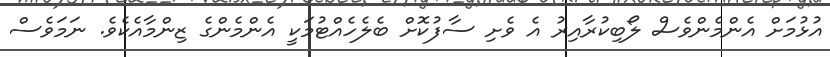
އުޅުމަށް އެންމެންވެސް ލޯބިކުރާއިރު އެ ވެށި ސާފުކޮށް ބެލެހެއްޓުމަކީ އެންމެންގެ ޒިންމާއެކެވެ. ނަމަވެސް